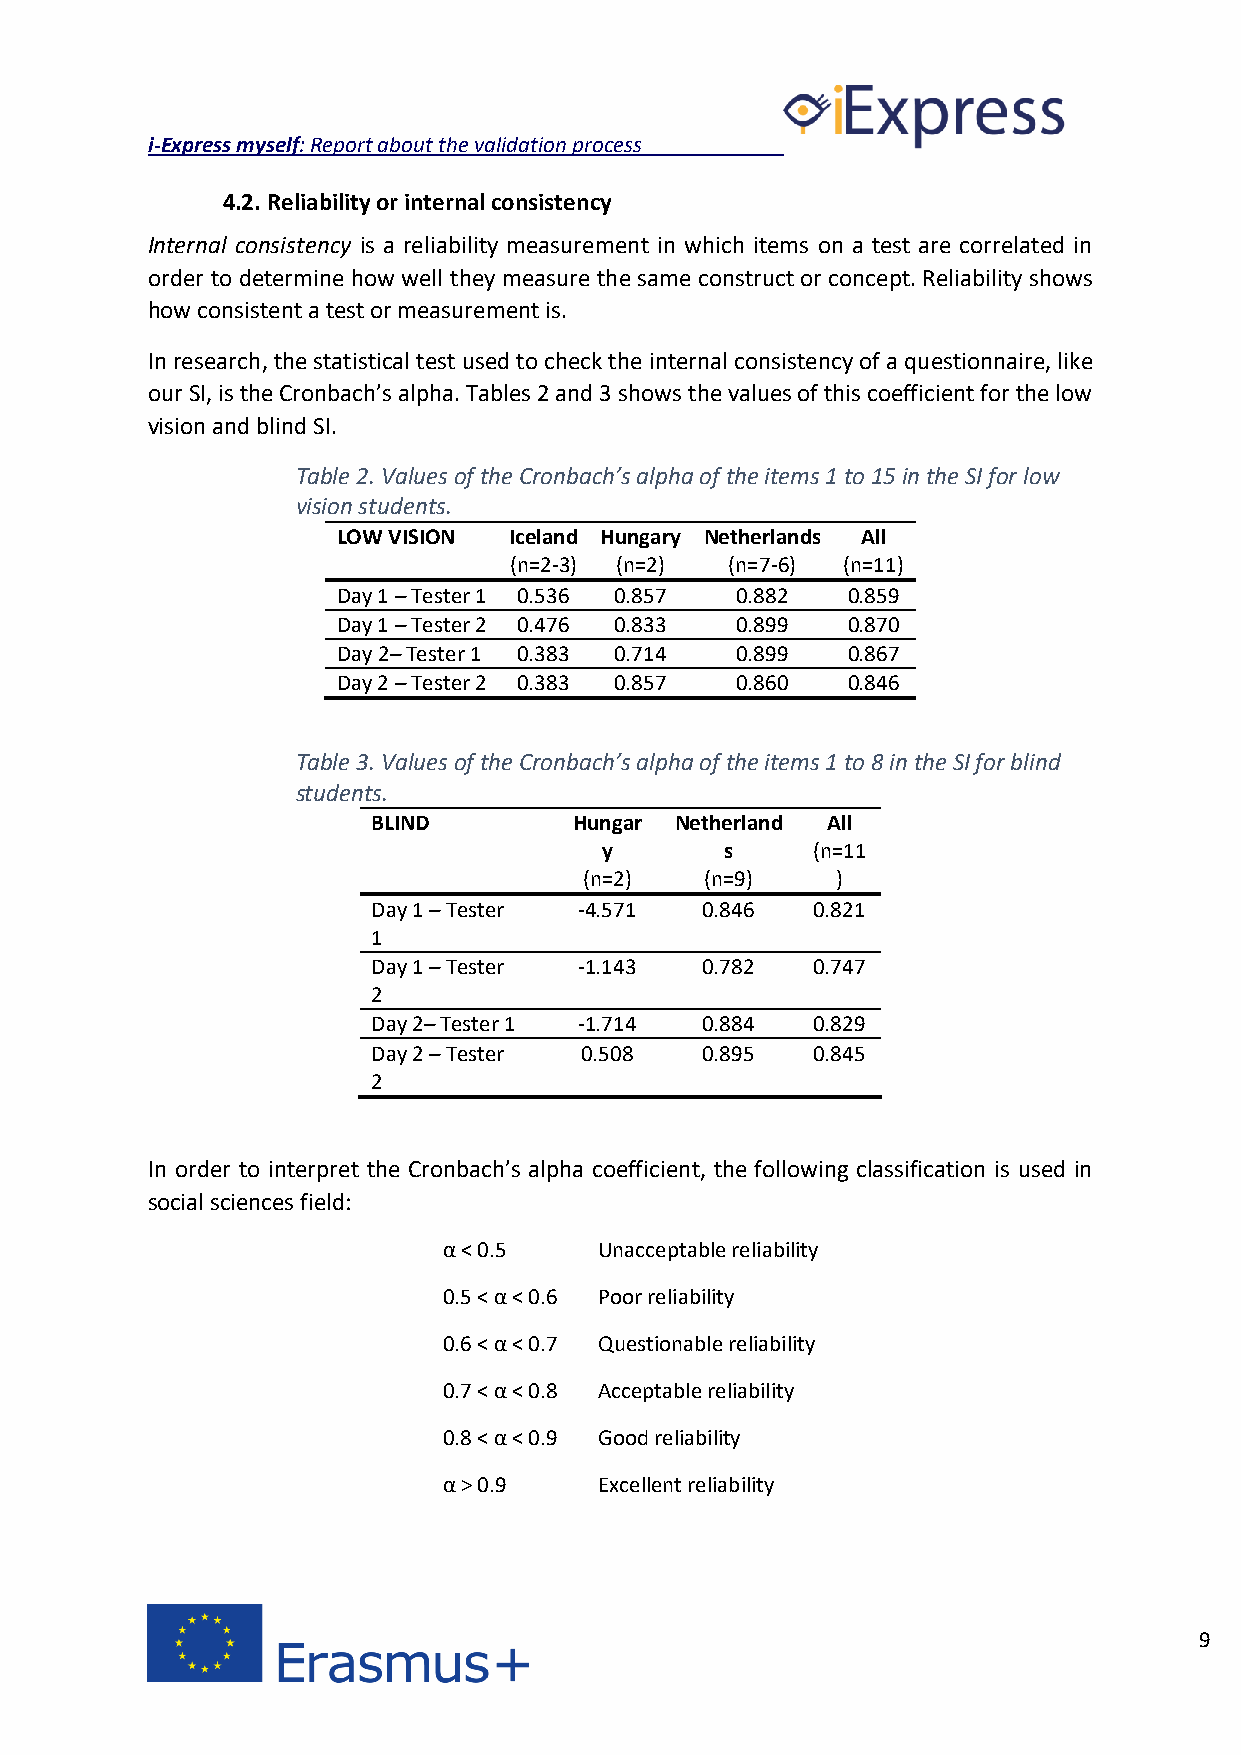
i-Express myself: Report about the validation process
 4.2. Reliability or internal consistency
 Internal consistency is a reliability measurement in which items on a test are correlated in
 order to determine how well they measure the same construct or concept. Reliability shows
 how consistent a test or measurement is.
 In research, the statistical test used to check the internal consistency of a questionnaire, like
 our SI, is the Cronbach’s alpha. Tables 2 and 3 shows the values of this coefficient for the low
 vision and blind SI.
 Table 2. Values of the Cronbach’s alpha of the items 1 to 15 in the SI for low
 vision students.
 LOW VISION  Iceland Hungary Netherlands All
 (n=2-3) (n=2) (n=7-6) (n=11)
 Day 1 – Tester 1 0.536 0.857 0.882 0.859
 Day 1 – Tester 2 0.476 0.833 0.899 0.870
 Day 2– Tester 1 0.383 0.714 0.899 0.867
 Day 2 – Tester 2 0.383 0.857 0.860 0.846
 Table 3. Values of the Cronbach’s alpha of the items 1 to 8 in the SI for blind
 students.
 BLIND        Hungar Netherland All
 y       s     (n=11
 (n=2)   (n=9)   )
 Day 1 – Tester -4.571 0.846  0.821
 1
 Day 1 – Tester -1.143 0.782  0.747
 2
 Day 2– Tester 1 -1.714 0.884 0.829
 Day 2 – Tester 0.508 0.895   0.845
 2
 In order to interpret the Cronbach’s alpha coefficient, the following classification is used in
 social sciences field:
 α < 0.5    Unacceptable reliability
 0.5 < α < 0.6 Poor reliability
 0.6 < α < 0.7 Questionable reliability
 0.7 < α < 0.8 Acceptable reliability
 0.8 < α < 0.9 Good reliability
 α > 0.9    Excellent reliability
 9